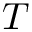
T